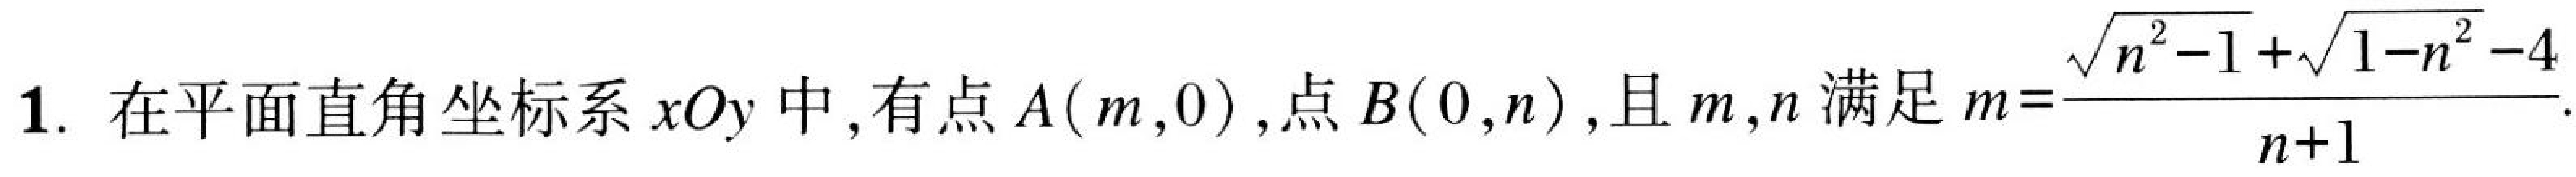
1. 在平面直角坐标系\(xOy\)中，有点\(A(m,0)\)，点\(B(0,n)\)，且\(m,n\)满足\(m = \frac{\sqrt{n^{2}-1}+\sqrt{1 - n^{2}}-4}{n + 1}\).